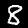
Label: 8